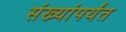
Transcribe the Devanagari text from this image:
संख्यांपर्यंत